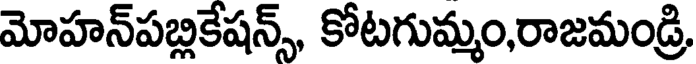
మోహన్పబ్లికేషన్స్, కోటగుమ్మం,రాజమండ్రి,